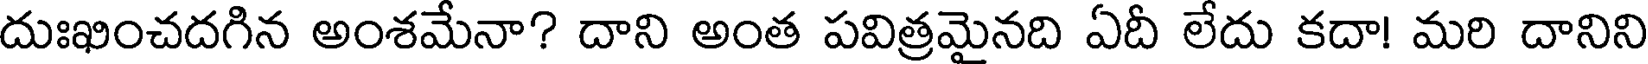
దుఃఖించదగిన అంశమేనా? దాని అంత పవిత్రమైనది ఏదీ లేదు కదా! మరి దానిని